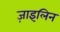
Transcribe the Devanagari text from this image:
ज़ाइलिन